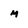
Character: m